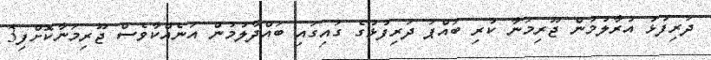
ދަރިފުޅު އުރާލުމުން ޖޫރިމަނާ ކުރި ބައްޕަ ދަރިފުޅުގެ ގައިގައި ބައްދާލުމުން އަނެއްކާވެސް ޖޫރިމަނާކޮށްފި3